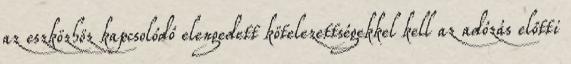
az eszközhöz kapcsolódó elengedett kötelezettségekkel kell az adózás előtti